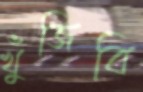
খুঁজিবি